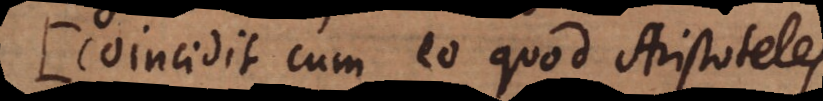
Coincidit cum eo quod Aristoteles